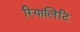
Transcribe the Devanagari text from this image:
रियालिटि